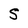
Character: S